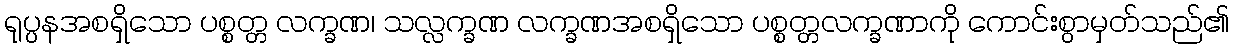
ရုပ္ပနအစရှိသော ပစ္စတ္တ လက္ခဏ၊ သလ္လက္ခဏ လက္ခဏအစရှိသော ပစ္စတ္တလက္ခဏာကို ကောင်းစွာမှတ်သည်၏